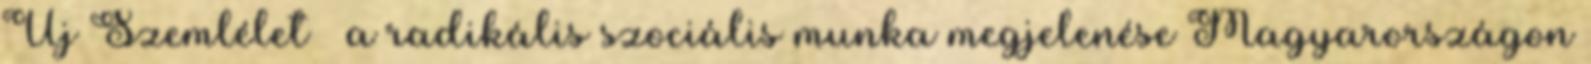
Új Szemlélet – a radikális szociális munka megjelenése Magyarországon